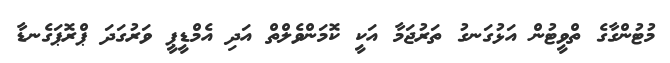
މުޓުންގާގެ ތްވީޓުން އަޅުގަނގު ތަރުޖަމާ އަކީ ކޮމަންވެލްތް އަދި އެމްޑީޕީ ވަރުގަދަ ޕްރޮޕަގެނޑާ